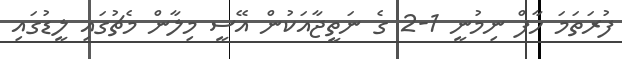
ފުރަތަމަ ހާފް ނިމުނީ 1-2 ގެ ނަތީޖާއަކުން އޭސީ މިލާން މެޗުގައި ލީޑުގައި